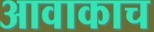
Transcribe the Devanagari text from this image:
आवाकाच